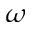
\omega